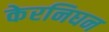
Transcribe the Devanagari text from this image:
केरनिघन